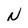
Character: N